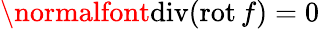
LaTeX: \normalfont{\textrm{div}}(\mathrm{rot}\, f)=0